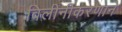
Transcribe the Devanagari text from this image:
विलीनीकरणाने